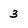
Character: 3